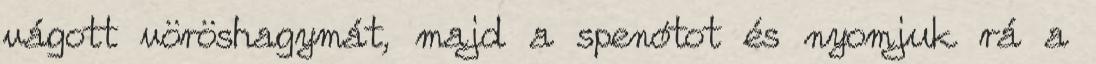
vágott vöröshagymát, majd a spenótot és nyomjuk rá a